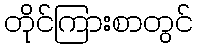
တိုင်ကြားစာတွင်